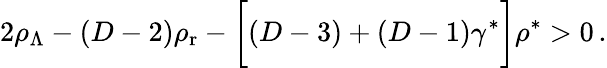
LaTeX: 2\rho_{\Lambda}-(D-2)\rho_{\mathrm{r}}-\biggl[(D-3)+(D-1)\gamma^{*}\biggr]\rho^{*}>0\, .